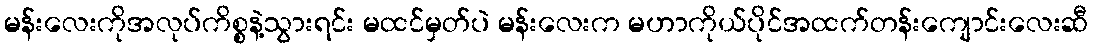
မန်းလေးကိုအလုပ်ကိစ္စနဲ့သွားရင်း မထင်မှတ်ပဲ မန်းလေးက မဟာကိုယ်ပိုင်အထက်တန်းကျောင်းလေးဆီ